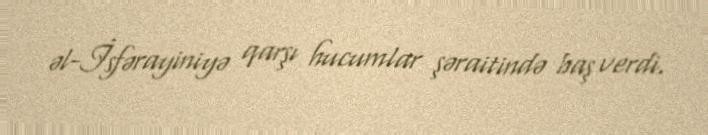
əl-İsfərayiniyə qarşı hucumlar şəraitində baş verdi.